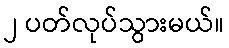
၂ ပတ်လုပ်သွားမယ်။